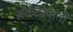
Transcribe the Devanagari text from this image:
तर्कदोषांनी